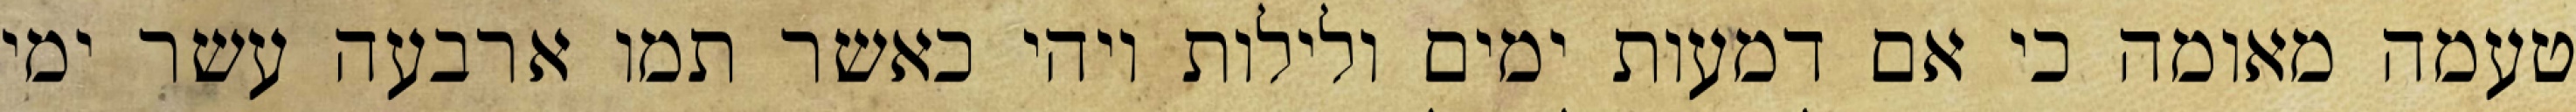
טעמה מאומה כי אם דמעות ימים ולילות ויהי כאשר תמו ארבעה עשר ימי